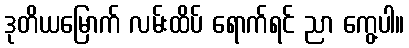
ဒုတိယမြောက် လမ်းထိပ် ရောက်ရင် ညာ ကွေ့ပါ။